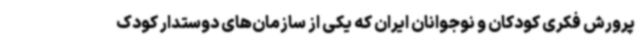
پرورش فکری کودکان و نوجوانان ایران که یکی از سازمان‌های دوستدار کودک